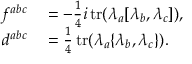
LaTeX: \begin{array} { r l } { f ^ { a b c } } & { { } = - { \frac { 1 } { 4 } } i \operatorname { t r } ( \lambda _ { a } [ \lambda _ { b } , \lambda _ { c } ] ) , } \\ { d ^ { a b c } } & { { } = { \frac { 1 } { 4 } } \operatorname { t r } ( \lambda _ { a } \{ \lambda _ { b } , \lambda _ { c } \} ) . } \end{array}